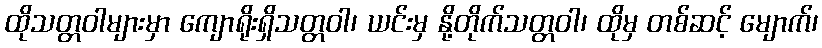
ထိုသတ္တဝါများမှာ ကျောရိုးရှိသတ္တဝါ၊ ယင်းမှ နို့တိုက်သတ္တဝါ၊ ထိုမှ တစ်ဆင့် မျောက်၊